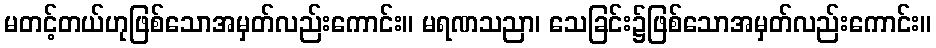
မတင့်တယ်ဟုဖြစ်သောအမှတ်လည်းကောင်း။ မရဏသညာ၊ သေခြင်း၌ဖြစ်သောအမှတ်လည်းကောင်း။